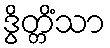
ဒွိတ္တိံသာ